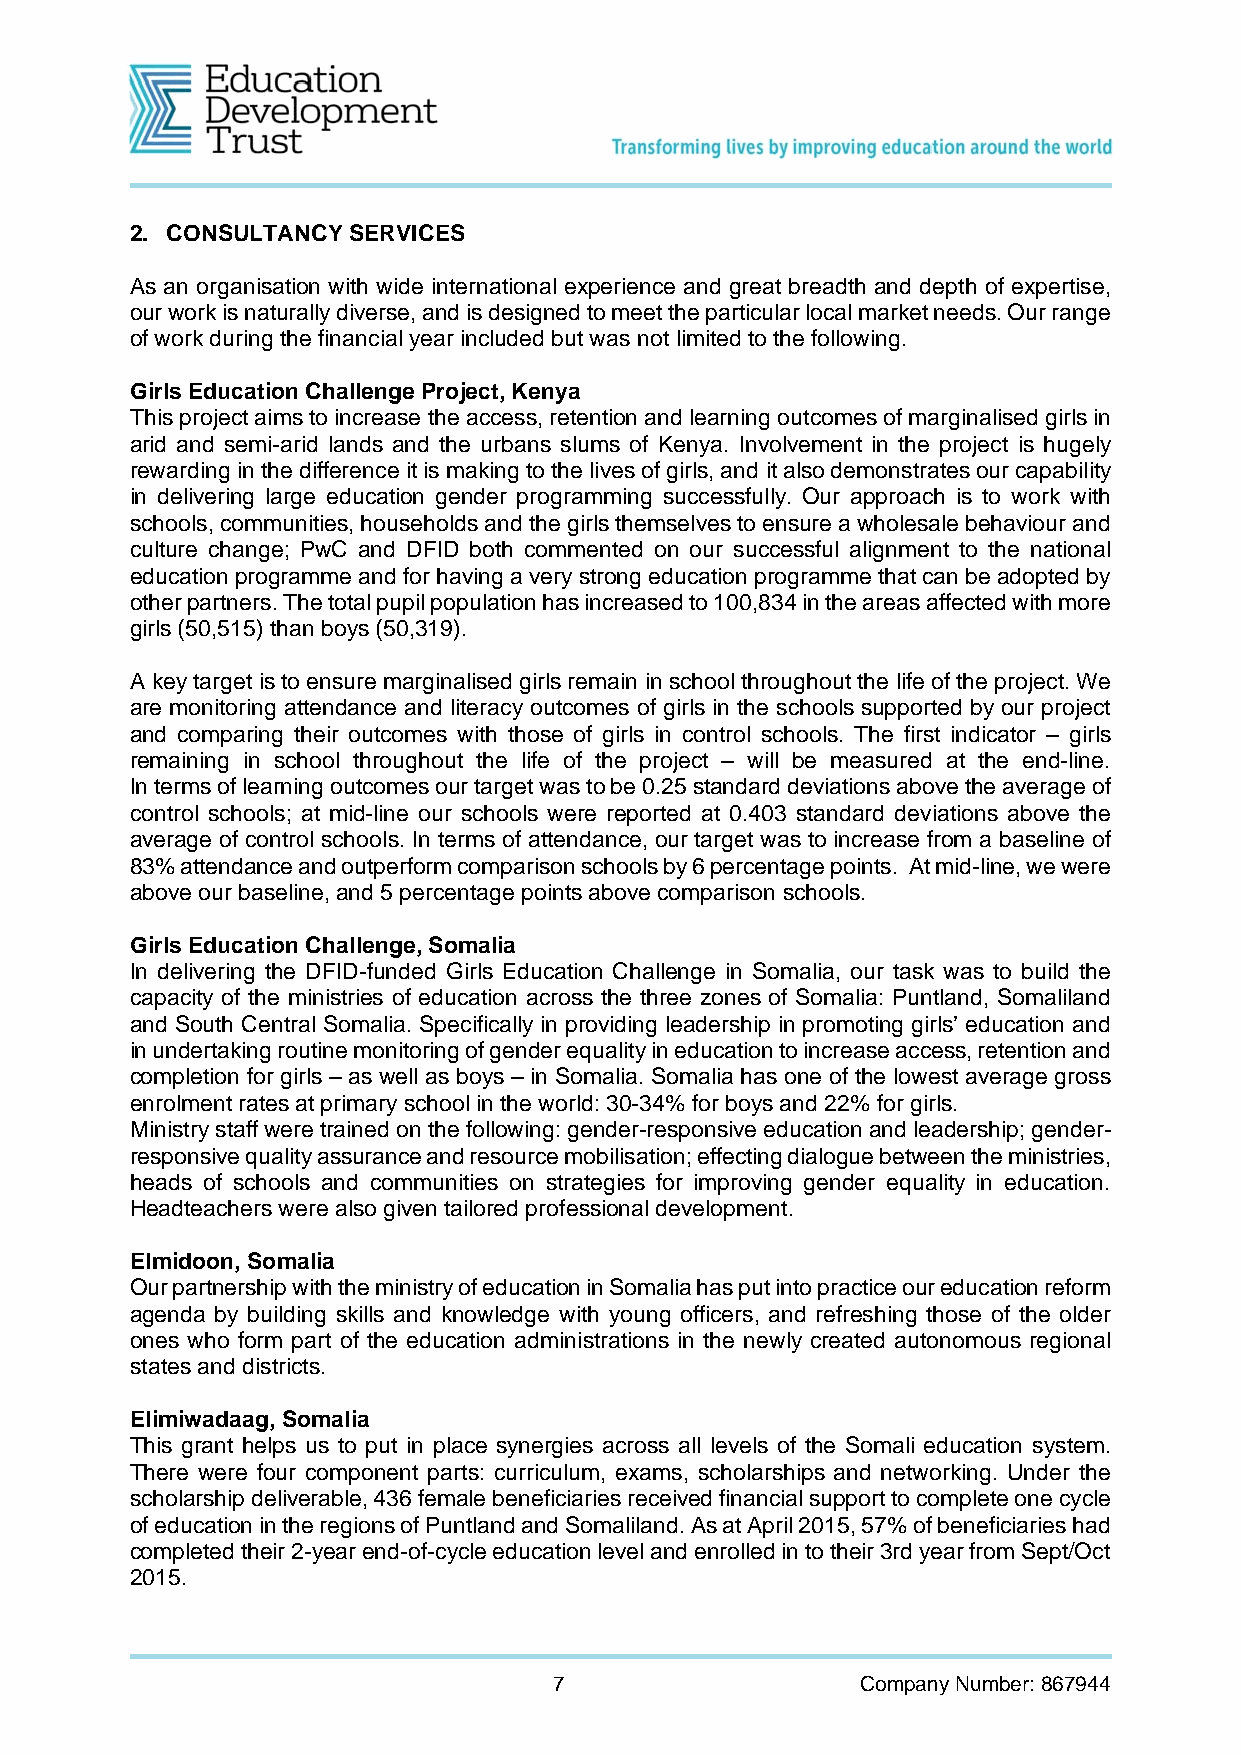
2. CONSULTANCY SERVICES
 As an organisation with wide international experience and great breadth and depth of expertise,
 our work is naturally diverse, and is designed to meet the particular local market needs. Our range
 of work during the financial year included but was not limited to the following.
 Girls Education Challenge Project, Kenya
 This project aims to increase the access, retention and learning outcomes of marginalised girls in
 arid and semi-arid lands and the urbans slums of Kenya. Involvement in the project is hugely
 rewarding in the difference it is making to the lives of girls, and it also demonstrates our capability
 in delivering large education gender programming successfully. Our approach is to work with
 schools, communities, households and the girls themselves to ensure a wholesale behaviour and
 culture change; PwC and DFID both commented on our successful alignment to the national
 education programme and for having a very strong education programme that can be adopted by
 other partners. The total pupil population has increased to 100,834 in the areas affected with more
 girls (50,515) than boys (50,319).
 A key target is to ensure marginalised girls remain in school throughout the life of the project. We
 are monitoring attendance and literacy outcomes of girls in the schools supported by our project
 and comparing their outcomes with those of girls in control schools. The first indicator – girls
 remaining in school throughout the life of the project – will be measured at the end-line.
 In terms of learning outcomes our target was to be 0.25 standard deviations above the average of
 control schools; at mid-line our schools were reported at 0.403 standard deviations above the
 average of control schools. In terms of attendance, our target was to increase from a baseline of
 83% attendance and outperform comparison schools by 6 percentage points. At mid-line, we were
 above our baseline, and 5 percentage points above comparison schools.
 Girls Education Challenge, Somalia
 In delivering the DFID-funded Girls Education Challenge in Somalia, our task was to build the
 capacity of the ministries of education across the three zones of Somalia: Puntland, Somaliland
 and South Central Somalia. Specifically in providing leadership in promoting girls’ education and
 in undertaking routine monitoring of gender equality in education to increase access, retention and
 completion for girls – as well as boys – in Somalia. Somalia has one of the lowest average gross
 enrolment rates at primary school in the world: 30-34% for boys and 22% for girls.
 Ministry staff were trained on the following: gender-responsive education and leadership; gender-
 responsive quality assurance and resource mobilisation; effecting dialogue between the ministries,
 heads of schools and communities on strategies for improving gender equality in education.
 Headteachers were also given tailored professional development.
 Elmidoon, Somalia
 Our partnership with the ministry of education in Somalia has put into practice our education reform
 agenda by building skills and knowledge with young officers, and refreshing those of the older
 ones who form part of the education administrations in the newly created autonomous regional
 states and districts.
 Elimiwadaag, Somalia
 This grant helps us to put in place synergies across all levels of the Somali education system.
 There were four component parts: curriculum, exams, scholarships and networking. Under the
 scholarship deliverable, 436 female beneficiaries received financial support to complete one cycle
 of education in the regions of Puntland and Somaliland. As at April 2015, 57% of beneficiaries had
 completed their 2-year end-of-cycle education level and enrolled in to their 3rd year from Sept/Oct
 2015.
 7                   Company Number: 867944